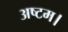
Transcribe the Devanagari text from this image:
अष्टम।